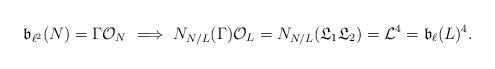
LaTeX: \begin{align*}\mathfrak{b}_{\ell^2}(N)=\Gamma\mathcal{O}_N\ \Longrightarrow\ N_{N/L}(\Gamma)\mathcal{O}_L=N_{N/L}(\mathfrak{L}_1\mathfrak{L}_2)=\mathcal{L}^4=\mathfrak{b}_{\ell}(L)^4.\end{align*}